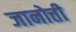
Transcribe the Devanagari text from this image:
जानोत्ती